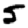
Digit: 5